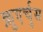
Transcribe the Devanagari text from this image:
क़ुएर्चुस